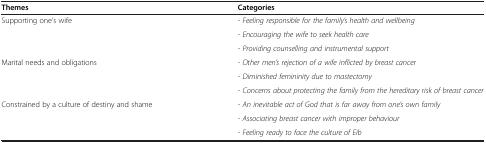
<table><thead><tr><td><b>Themes</b></td><td><b>Categories</b></td></tr></thead><tbody><tr><td rowspan="3">Supporting one’s wife</td><td><i>- Feeling responsible for the family’s health and wellbeing</i></td></tr><tr><td><i>- Encouraging the wife to seek health care</i></td></tr><tr><td><i>- Providing counselling and instrumental support</i></td></tr><tr><td rowspan="3">Marital needs and obligations</td><td><i>- Other men’s rejection of a wife inflicted by breast cancer</i></td></tr><tr><td><i>- Diminished femininity due to mastectomy</i></td></tr><tr><td><i>- Concerns about protecting the family from the hereditary risk of breast cancer</i></td></tr><tr><td rowspan="2">Constrained by a culture of destiny and shame</td><td><i>- An inevitable act of God that is far away from one’s own family</i></td></tr><tr><td><i>- Associating breast cancer with improper behaviour</i></td></tr><tr><td> </td><td><i>- Feeling ready to face the culture of Eib</i></td></tr></tbody></table>